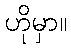
ဟိုမှာ။